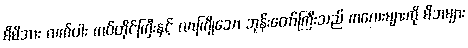
မိမိအား လက်ဝါး ကပ်တိုင်ကြီးနှင့် လာကြိုသော ဘုန်းတော်ကြီးသည် ကလေးများကို မိဘများ